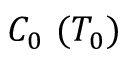
C _ { 0 } ~ ( T _ { 0 } )